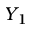
Y _ { 1 }